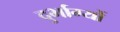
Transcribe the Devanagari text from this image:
दुर्भाग्यों